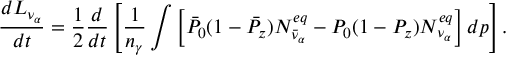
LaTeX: { \frac { d L _ { \nu _ { \alpha } } } { d t } } = { \frac { 1 } { 2 } } { \frac { d } { d t } } \left[ { \frac { 1 } { n _ { \gamma } } } \int \left[ \bar { P } _ { 0 } ( 1 - \bar { P } _ { z } ) N _ { \bar { \nu } _ { \alpha } } ^ { e q } - P _ { 0 } ( 1 - P _ { z } ) N _ { \nu _ { \alpha } } ^ { e q } \right] d p \right] .